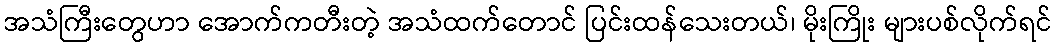
အသံကြီးတွေဟာ အောက်ကတီးတဲ့ အသံထက်တောင် ပြင်းထန်သေးတယ်၊ မိုးကြိုး များပစ်လိုက်ရင်